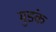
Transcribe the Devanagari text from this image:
मुडंक